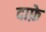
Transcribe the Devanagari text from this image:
दाफ़े